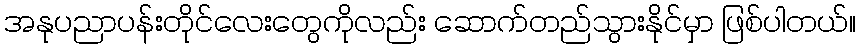
အနုပညာပန်းတိုင်လေးတွေကိုလည်း ဆောက်တည်သွားနိုင်မှာ ဖြစ်ပါတယ်။